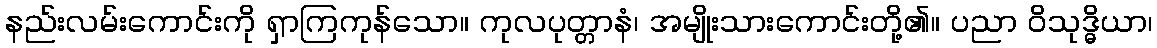
နည်းလမ်းကောင်းကို ရှာကြကုန်သော။ ကုလပုတ္တာနံ၊ အမျိုးသားကောင်းတို့၏။ ပညာ ဝိသုဒ္ဓိယာ၊